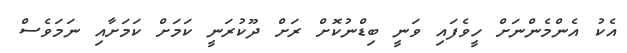
އެކު އެންމެންނަށް ހީވެފައި ވަނީ ބިޑްނުކޮށް ރަށް ދޫކުރަނީ ކަމަށް ކަމަށާއި ނަމަވެސް